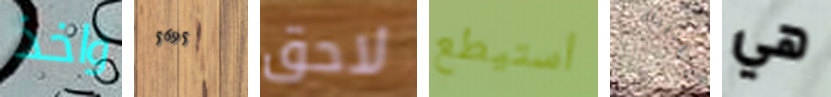
واخذ 5695 لاحق أستيطع هانيبال هي